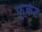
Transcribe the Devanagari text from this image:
फूकेट